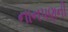
નાનપણની